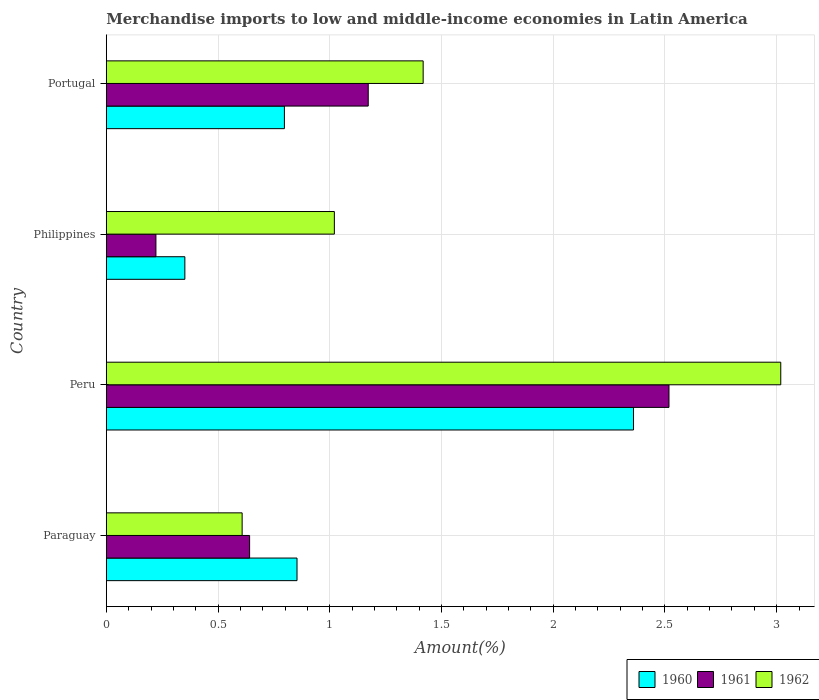
| Country | 1960 | 1961 | 1962 |
 | --- | --- | --- | --- |
 | Paraguay | 0.853 | 0.641 | 0.608 |
 | Peru | 2.36 | 2.52 | 3.02 |
 | Philippines | 0.351 | 0.222 | 1.02 |
 | Portugal | 0.797 | 1.17 | 1.42 |